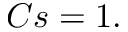
C s = 1 .